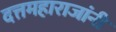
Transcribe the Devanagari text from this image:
दत्तमहाराजांनी